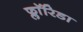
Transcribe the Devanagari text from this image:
फ्लाॅरिडा